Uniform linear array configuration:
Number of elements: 16
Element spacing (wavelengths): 0.75
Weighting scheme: blackman
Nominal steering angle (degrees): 15
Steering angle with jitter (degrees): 14.253
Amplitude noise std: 0.05
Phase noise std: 0.05

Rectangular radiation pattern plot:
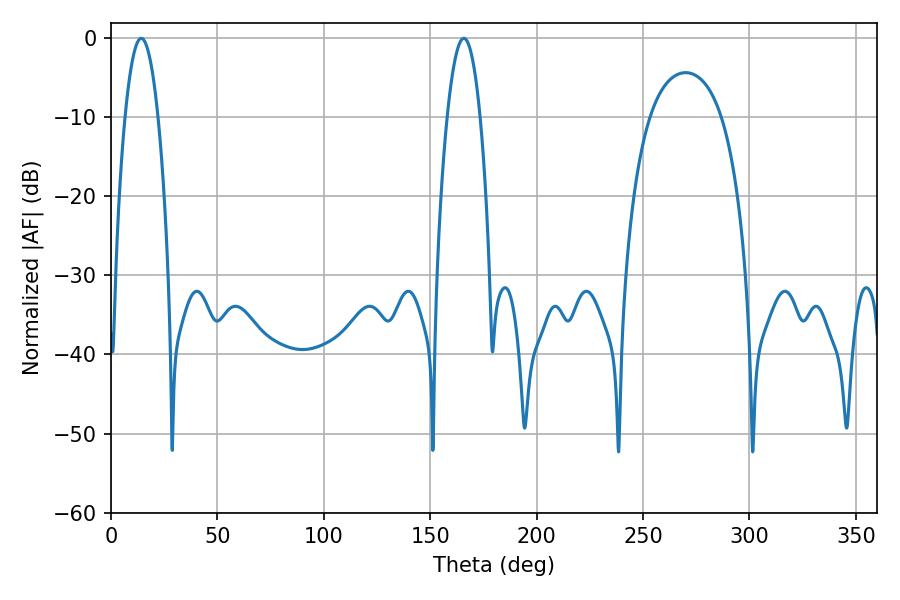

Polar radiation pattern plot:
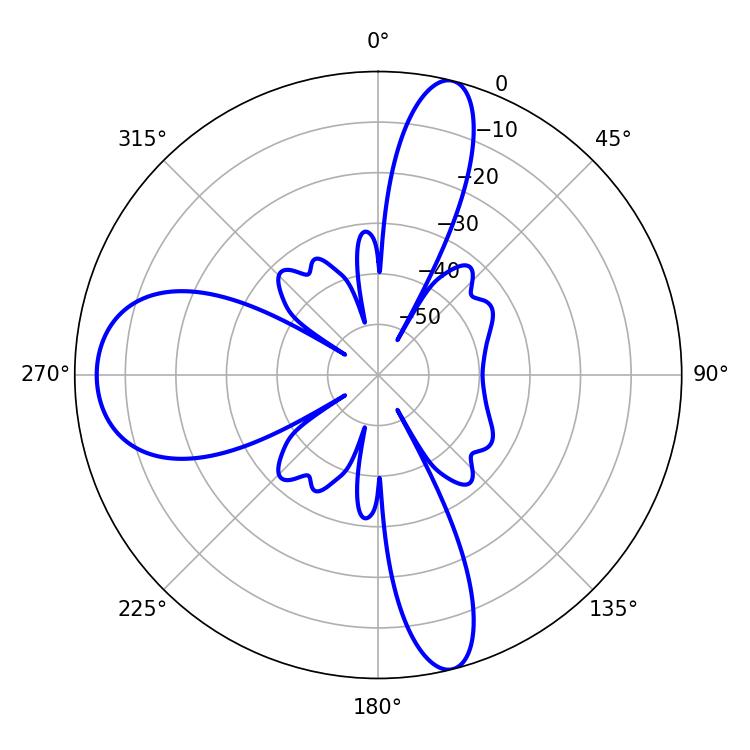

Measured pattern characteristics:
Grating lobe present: TRUE
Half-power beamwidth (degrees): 8.64
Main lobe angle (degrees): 14.22